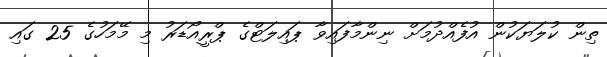
ތިން ކުލަޔަކުން އުފެއްދުމަށް ނިންމާފައިވާ ޕައިލަޓްގެ ޕްރީީއޯޑަރު މި މޭމަހުގެ 25 ގައި